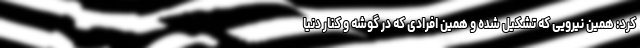
کرد: همین نیرویی که تشکیل شده و همین افرادی که در گوشه و کنار دنیا